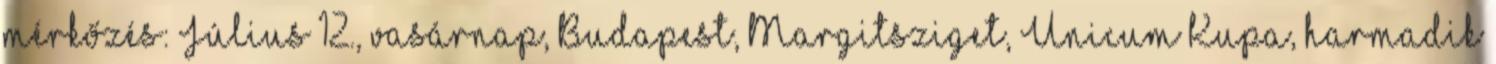
mérkőzés: Július 12., vasárnap, Budapest, Margitsziget, Unicum Kupa, harmadik